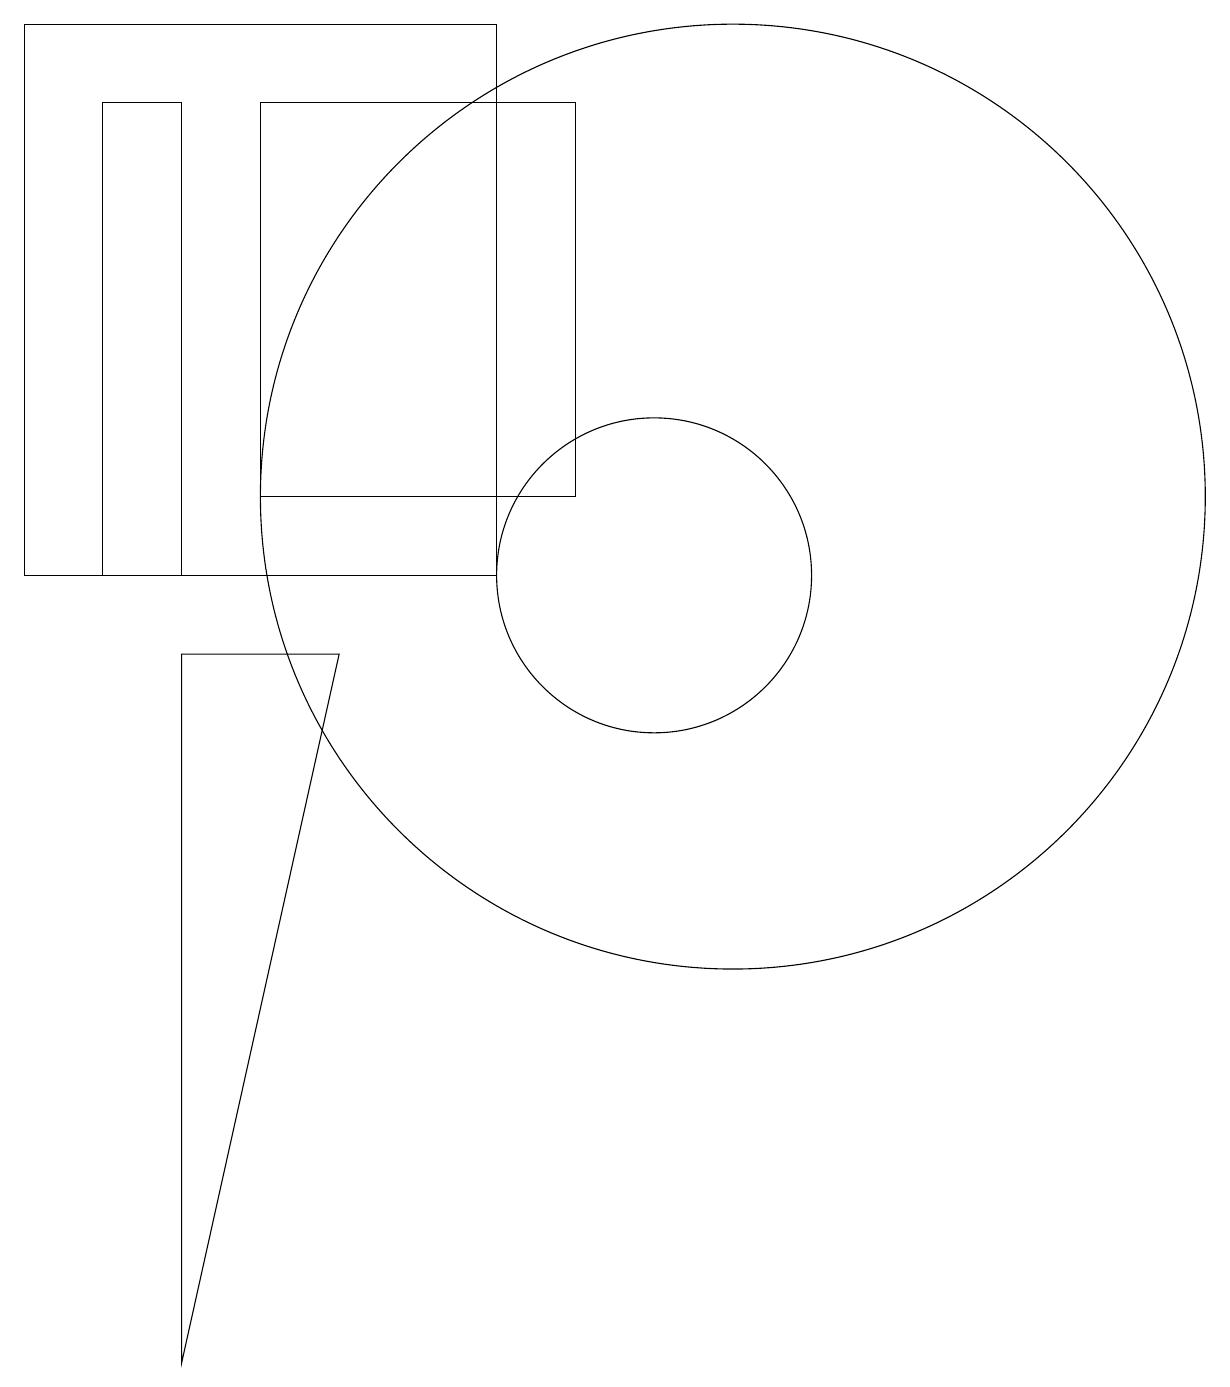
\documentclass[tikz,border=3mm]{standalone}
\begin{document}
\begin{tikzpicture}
\draw (4,16) rectangle (3,10);
\draw (10,10) circle (2);
\draw (5,16) rectangle (9,11);
\draw (4,0) -- (6,9) -- (4,9) -- cycle;
\draw (8,17) rectangle (2,10);
\draw (11,11) circle (6);
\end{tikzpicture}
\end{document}